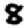
Digit: 8